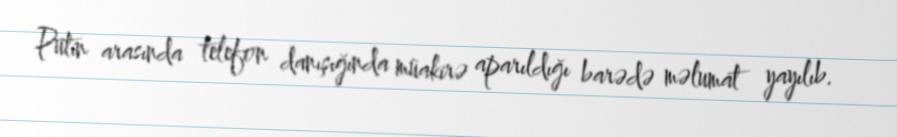
Putin arasında telefon danışığında müakirə aparıldığı barədə məlumat yayılıb.